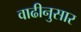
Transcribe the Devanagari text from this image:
वाढीनुसार